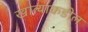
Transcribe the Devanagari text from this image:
खात्याकडील